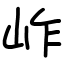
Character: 岞